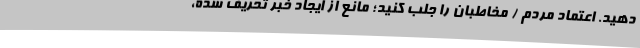
دهید. اعتماد مردم / مخاطبان را جلب کنید؛ مانع از ایجاد خبر تحریف شده،